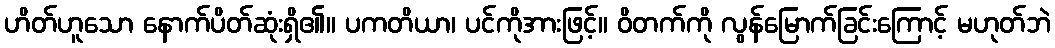
ဟိတ်ဟူသော နောက်ပိတ်ဆုံးရှိ၏။ ပကတိယာ၊ ပင်ကိုအားဖြင့်။ ဝိတက်ကို လွန်မြောက်ခြင်းကြောင့် မဟုတ်ဘဲ